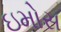
ઇમોસ